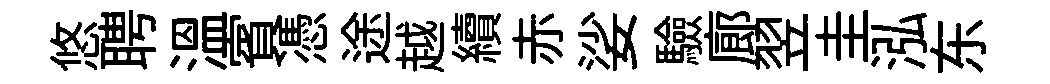
悠聘溫賓憑途越續赤娑驗廊翌圭泓东